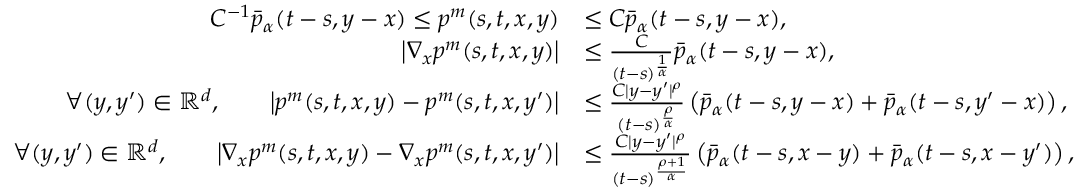
\begin{array} { r l } { C ^ { - 1 } \bar { p } _ { \alpha } ( t - s , y - x ) \leq p ^ { m } ( s , t , x , y ) } & { \leq C \bar { p } _ { \alpha } ( t - s , y - x ) , } \\ { \left| \nabla _ { x } p ^ { m } ( s , t , x , y ) \right| } & { \leq \frac { C } { ( t - s ) ^ { \frac { 1 } { \alpha } } } \bar { p } _ { \alpha } ( t - s , y - x ) , } \\ { \forall ( y , y ^ { \prime } ) \in \mathbb { R } ^ { d } , \qquad \left| p ^ { m } ( s , t , x , y ) - p ^ { m } ( s , t , x , y ^ { \prime } ) \right| } & { \leq \frac { C | y - y ^ { \prime } | ^ { \rho } } { ( t - s ) ^ { \frac { \rho } { \alpha } } } \left( \bar { p } _ { \alpha } ( t - s , y - x ) + \bar { p } _ { \alpha } ( t - s , y ^ { \prime } - x ) \right) , } \\ { \forall ( y , y ^ { \prime } ) \in \mathbb { R } ^ { d } , \qquad \left| \nabla _ { x } p ^ { m } ( s , t , x , y ) - \nabla _ { x } p ^ { m } ( s , t , x , y ^ { \prime } ) \right| } & { \leq \frac { C | y - y ^ { \prime } | ^ { \rho } } { ( t - s ) ^ { \frac { \rho + 1 } { \alpha } } } \left( \bar { p } _ { \alpha } ( t - s , x - y ) + \bar { p } _ { \alpha } ( t - s , x - y ^ { \prime } ) \right) , } \end{array}